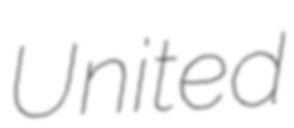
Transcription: United